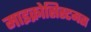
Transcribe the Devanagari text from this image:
माइक्रोसिस्टमस